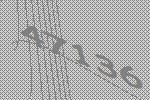
47136